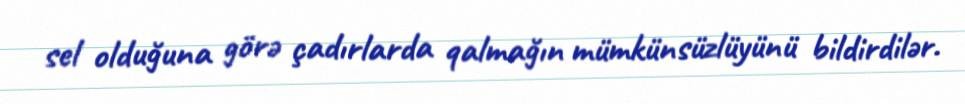
sel olduğuna görə çadırlarda qalmağın mümkünsüzlüyünü bildirdilər.